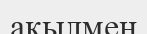
ақылмен